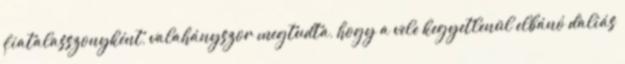
fiatalasszonyként, valahányszor megtudta, hogy a vele kegyetlenül elbánó daliás